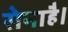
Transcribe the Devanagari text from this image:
सेनाहै।